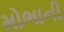
મોભાની